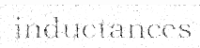
inductances